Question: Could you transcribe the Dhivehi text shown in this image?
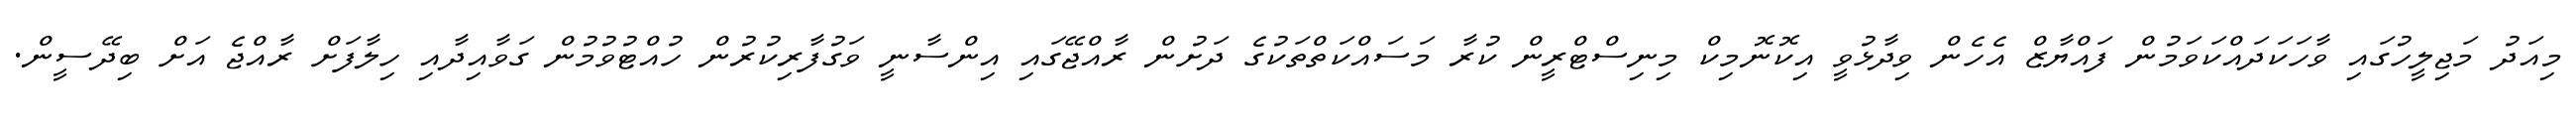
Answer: މިއަދު މަޖިލީހުގައި ވާހަކަދައްކަވަމުން ފައްޔާޒް އެހެން ވިދާޅުވީ އިކޮނޮމިކް މިނިސްޓްރީން ކުރާ މަސައްކަތްތަކުގެ ދަށުން ރާއްޖޭގައި އިންސާނީ ވަގުފާރިކުރުން ހުއްޓުވުމުން ގަވާއިދާއި ހިލާފަށް ރާއްޖެ އަށް ބިދޭސީން.